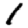
Digit: 1